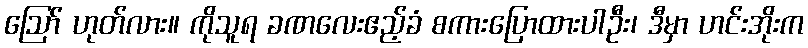
ဪ ဟုတ်လား။ ကိုသူရ ခဏလေးဧည့်ခံ စကားပြောထားပါဦး၊ ဒီမှာ ဟင်းအိုးက